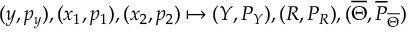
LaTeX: ( y , p _ { y } ) , ( x _ { 1 } , p _ { 1 } ) , ( x _ { 2 } , p _ { 2 } ) \mapsto ( Y , P _ { Y } ) , ( R , P _ { R } ) , ( \overline { { { \Theta } } } , \overline { { { P } } } _ { \overline { { { \Theta } } } } )